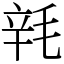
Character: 㲔